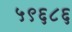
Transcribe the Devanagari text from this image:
५९६८६